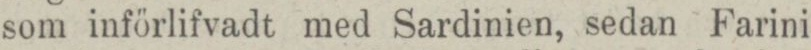
som införlifvadt med Sardinien, sedan Farini